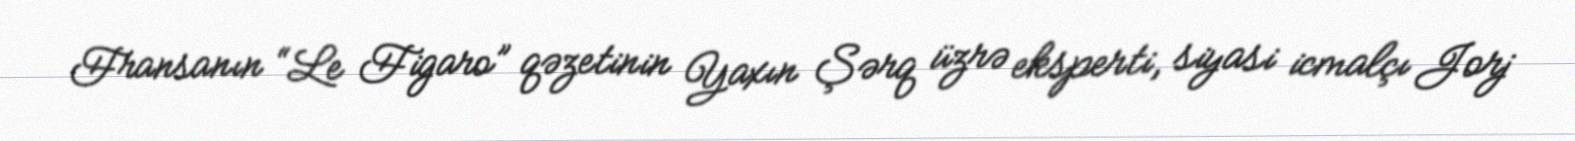
Fransanın “Le Figaro” qəzetinin Yaxın Şərq üzrə eksperti, siyasi icmalçı Jorj